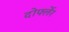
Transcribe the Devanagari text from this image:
दोर्फ्लेर